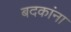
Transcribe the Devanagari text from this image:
बदकांना